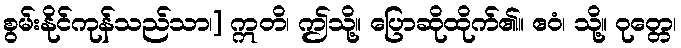
စွမ်းနိုင်ကုန်သည်သာ၊] ဣတိ၊ ဤသို့။ ပြောဆိုထိုက်၏။ ဧဝံ၊ သို့။ ဝုတ္တေ၊